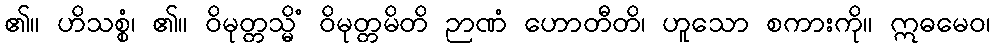
၏။ ဟိသစ္စံ၊ ၏။ ဝိမုတ္တသ္မိံ ဝိမုတ္တမိတိ ဉာဏံ ဟောတီတိ၊ ဟူသော စကားကို။ ဣဓမေဝ၊